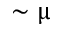
\sim \upmu